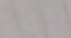
يطرد